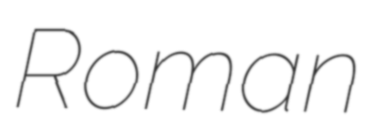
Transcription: Roman